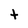
Character: t